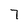
Character: 7